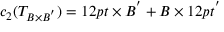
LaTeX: c _ { 2 } ( T _ { B \times B ^ { ' } } ) = 1 2 p t \times B ^ { ' } + B \times 1 2 p t ^ { ' }